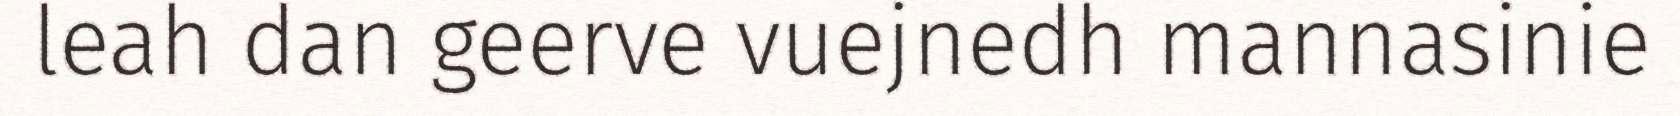
leah dan geerve vuejnedh mannasinie